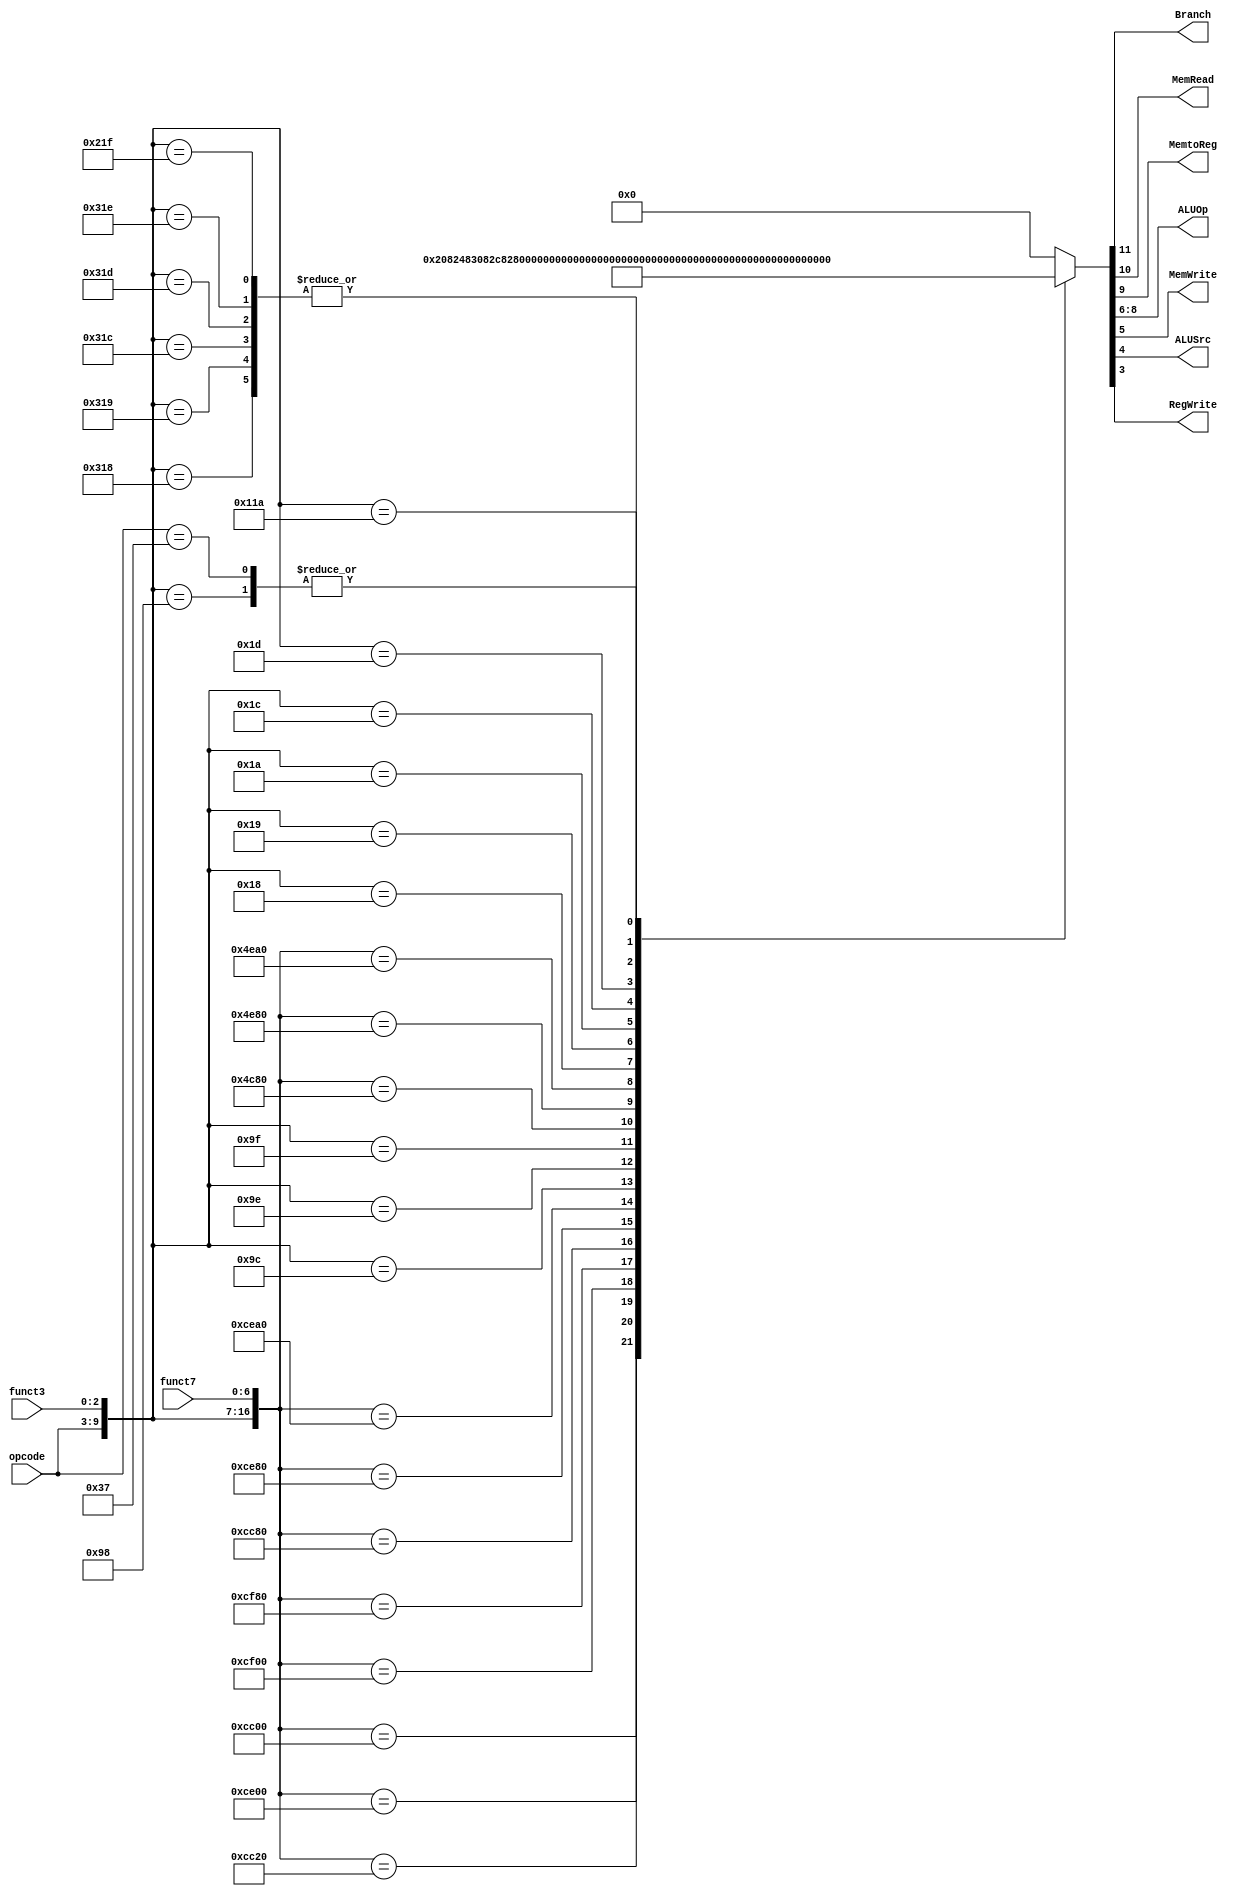
module Control(input wire [6:0] opcode, input wire [2:0] funct3, input wire [6:0] funct7, output wire Branch, output wire MemRead, output wire MemtoReg, output wire [2:0] ALUOp, output wire MemWrite, output wire ALUSrc, output wire RegWrite);
	//this table follows the one on the RISCV_CARD.pdf reference
	parameter OP_ADD = 	{7'b0110011, 3'h0, 7'h00};
	parameter OP_SUB = 	{7'b0110011, 3'h0, 7'h20};
	parameter OP_XOR =	{7'b0110011, 3'h4, 7'h00};
	parameter OP_OR =		{7'b0110011, 3'h6, 7'h00};
	parameter OP_AND =	{7'b0110011, 3'h7, 7'h00};
	parameter OP_SLL =	{7'b0110011, 3'h1, 7'h00};
	parameter OP_SRL =	{7'b0110011, 3'h5, 7'h00};
	parameter OP_SRA =	{7'b0110011, 3'h5, 7'h20};
	parameter OP_SLT =	{7'b0110011, 3'h2, 7'h00}; 
	parameter OP_SLTU =	{7'b0110011, 3'h0, 7'h00};
	parameter OP_ADDI =	{7'b0010011, 3'h0, 7'hxx};
	parameter OP_XORI =	{7'b0010011, 3'h4, 7'hxx};
	parameter OP_ORI =	{7'b0010011, 3'h6, 7'hxx};
	parameter OP_ANDI =	{7'b0010011, 3'h7, 7'hxx};
	parameter OP_SLLI =	{7'b0010011, 3'h1, 7'h00};
	parameter OP_SRLI =	{7'b0010011, 3'h5, 7'h00};
	parameter OP_SRAI =	{7'b0010011, 3'h5, 7'h20};
	parameter OP_SLTI =	{7'b0010011, 3'h2, 7'hxx};
	parameter OP_SLTIU =	{7'b0010011, 3'h3, 7'hxx};
	parameter OP_LB = 	{7'b0000011, 3'h0, 7'hxx};
	parameter OP_LH = 	{7'b0000011, 3'h1, 7'hxx};
	parameter OP_LW = 	{7'b0000011, 3'h2, 7'hxx};
	parameter OP_LBU = 	{7'b0000011, 3'h4, 7'hxx};
	parameter OP_LHU = 	{7'b0000011, 3'h5, 7'hxx};
	parameter OP_SB = 	{7'b0100011, 3'h0, 7'hxx};
	parameter OP_SH = 	{7'b0100011, 3'h1, 7'hxx};
	parameter OP_SW = 	{7'b0100011, 3'h2, 7'hxx};
	parameter OP_BEQ = 	{7'b1100011, 3'h0, 7'hxx};
	parameter OP_BNE = 	{7'b1100011, 3'h1, 7'hxx};
	parameter OP_BLT = 	{7'b1100011, 3'h4, 7'hxx};
	parameter OP_BGE = 	{7'b1100011, 3'h5, 7'hxx};
	parameter OP_BLTU = 	{7'b1100011, 3'h6, 7'hxx};
	parameter OP_BGEU = 	{7'b1000011, 3'h7, 7'hxx};
	parameter OP_JAL = 	{7'b1101111, 3'hx, 7'hxx};
	parameter OP_JALR = 	{7'b1100111, 3'h0, 7'hxx};
	parameter OP_LUI = 	{7'b0110111, 3'hx, 7'hxx};
	parameter OP_AUIPC = {7'b0010111, 3'hx, 7'hxx};

	
	reg [11:0] CBUS = 12'd0;
	wire [2:0] unsupported;
	
	assign {Branch, MemRead, MemtoReg, ALUOp, MemWrite, ALUSrc, RegWrite, unsupported} = CBUS;
	
	always@(*) begin
		casex({opcode, funct3, funct7})
			OP_ADD:		CBUS = {1'b0, 1'b0, 1'b1, 3'b000, 1'b0, 1'b0, 1'b1, 2'b00, 1'b0};
			OP_SUB:		CBUS = {1'b0, 1'b0, 1'b1, 3'b001, 1'b0, 1'b0, 1'b1, 2'b00, 1'b0};
			OP_XOR:		CBUS = {1'b0, 1'b0, 1'b1, 3'b100, 1'b0, 1'b0, 1'b1, 2'b00, 1'b0};
			OP_OR:		CBUS = {1'b0, 1'b0, 1'b1, 3'b011, 1'b0, 1'b0, 1'b1, 2'b00, 1'b0};
			OP_AND:		CBUS = {1'b0, 1'b0, 1'b1, 3'b010, 1'b0, 1'b0, 1'b1, 2'b00, 1'b0};
			OP_SLL:		CBUS = {1'b0, 1'b0, 1'b1, 3'b101, 1'b0, 1'b0, 1'b1, 2'b00, 1'b0};
			OP_SRL:		CBUS = {1'b0, 1'b0, 1'b1, 3'b110, 1'b0, 1'b0, 1'b1, 2'b00, 1'b0};
			OP_SRA:		CBUS = {1'b0, 1'b0, 1'b1, 3'b111, 1'b0, 1'b0, 1'b1, 2'b00, 1'b0};
			//OP_SLT:		CBUS = 
			//OP_SLTU:		CBUS = 
			OP_ADDI:		CBUS = {1'b0, 1'b0, 1'b0, 3'b000, 1'b0, 1'b1, 1'b1, 2'b00, 1'b0};
			OP_XORI:		CBUS = {1'b0, 1'b0, 1'b0, 3'b100, 1'b0, 1'b1, 1'b1, 2'b00, 1'b0};
			OP_ORI:		CBUS = {1'b0, 1'b0, 1'b0, 3'b011, 1'b0, 1'b1, 1'b1, 2'b00, 1'b0};
			OP_ANDI:		CBUS = {1'b0, 1'b0, 1'b0, 3'b010, 1'b0, 1'b1, 1'b1, 2'b00, 1'b0};
			OP_SLLI: 	CBUS = {1'b0, 1'b0, 1'b0, 3'b101, 1'b0, 1'b1, 1'b1, 2'b00, 1'b0};
			OP_SRLI:		CBUS = {1'b0, 1'b0, 1'b0, 3'b110, 1'b0, 1'b1, 1'b1, 2'b00, 1'b0};
			OP_SRAI:		CBUS = {1'b0, 1'b0, 1'b0, 3'b111, 1'b0, 1'b1, 1'b1, 2'b00, 1'b0};
			//OP_SLTI:		CBUS = 
			//OP_SLTIU:	CBUS = 
			OP_LB:		CBUS = {1'b0, 1'b1, 1'b1, 3'b000, 1'b0, 1'b1, 1'b1, 2'b10, 1'b1};
			OP_LH:		CBUS = {1'b0, 1'b1, 1'b1, 3'b000, 1'b0, 1'b1, 1'b1, 2'b01, 1'b1};
			OP_LW:		CBUS = {1'b0, 1'b1, 1'b1, 3'b000, 1'b0, 1'b1, 1'b1, 2'b00, 1'b0};
			OP_LBU:		CBUS = {1'b0, 1'b1, 1'b1, 3'b000, 1'b0, 1'b1, 1'b1, 2'b10, 1'b0};
			OP_LHU:		CBUS = {1'b0, 1'b1, 1'b1, 3'b000, 1'b0, 1'b1, 1'b1, 2'b01, 1'b0};
			//OP_SB:		CBUS = 
			//OP_SH:		CBUS = 
			OP_SW:		CBUS = {1'b0, 1'b0, 1'b0, 3'b000, 1'b1, 1'b1, 1'b0, 2'b00, 1'b0};
			OP_BEQ:		CBUS = {1'b1, 1'b0, 1'b0, 3'b000, 1'b0, 1'b0, 1'b0, 2'b00, 1'b0};
			OP_BNE:		CBUS = {1'b1, 1'b0, 1'b0, 3'b000, 1'b0, 1'b0, 1'b0, 2'b00, 1'b0};
			OP_BLT:		CBUS = {1'b1, 1'b0, 1'b0, 3'b000, 1'b0, 1'b0, 1'b0, 2'b00, 1'b0};
			OP_BGE:		CBUS = {1'b1, 1'b0, 1'b0, 3'b000, 1'b0, 1'b0, 1'b0, 2'b00, 1'b0};
			OP_BLTU:		CBUS = {1'b1, 1'b0, 1'b0, 3'b000, 1'b0, 1'b0, 1'b0, 2'b00, 1'b0};
			OP_BGEU:		CBUS = {1'b1, 1'b0, 1'b0, 3'b000, 1'b0, 1'b0, 1'b0, 2'b00, 1'b0};
			//OP_JAL:		CBUS = 
			//OP_JALR:		CBUS = 
			OP_LUI:		CBUS = {1'b0, 1'b0, 1'b0, 3'b000, 1'b0, 1'b1, 1'b1, 2'b00, 1'b0};
			//OP_AUIPC: 	CBUS = {1'b1, 1'b0, 1'b0, 3'b000, 1'b0, 1'b0, 1'b0, 2'b00, 1'b0};
			default: 	CBUS = {1'b0, 1'b0, 1'b0, 3'b000, 1'b0, 1'b0, 1'b0, 2'b00, 1'b0};
		endcase
	end
endmodule